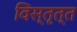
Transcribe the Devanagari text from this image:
विस्तृत्त